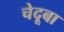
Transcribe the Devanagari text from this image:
चेदूबा